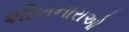
શીખનારાઓ